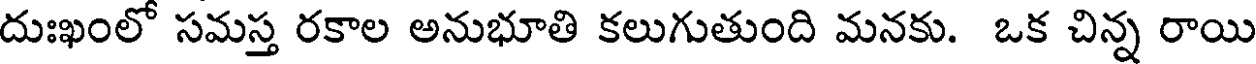
దుఃఖంలో సమస్త రకాల అనుభూతి కలుగుతుంది మనకు. ఒక చిన్న రాయి